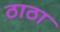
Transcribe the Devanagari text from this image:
ठाठा